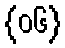
{၀၆}